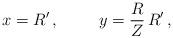
LaTeX: \begin{align*}x = R' \, ,\hspace{1cm}y = \frac{R}{Z} \, R' \, ,\end{align*}